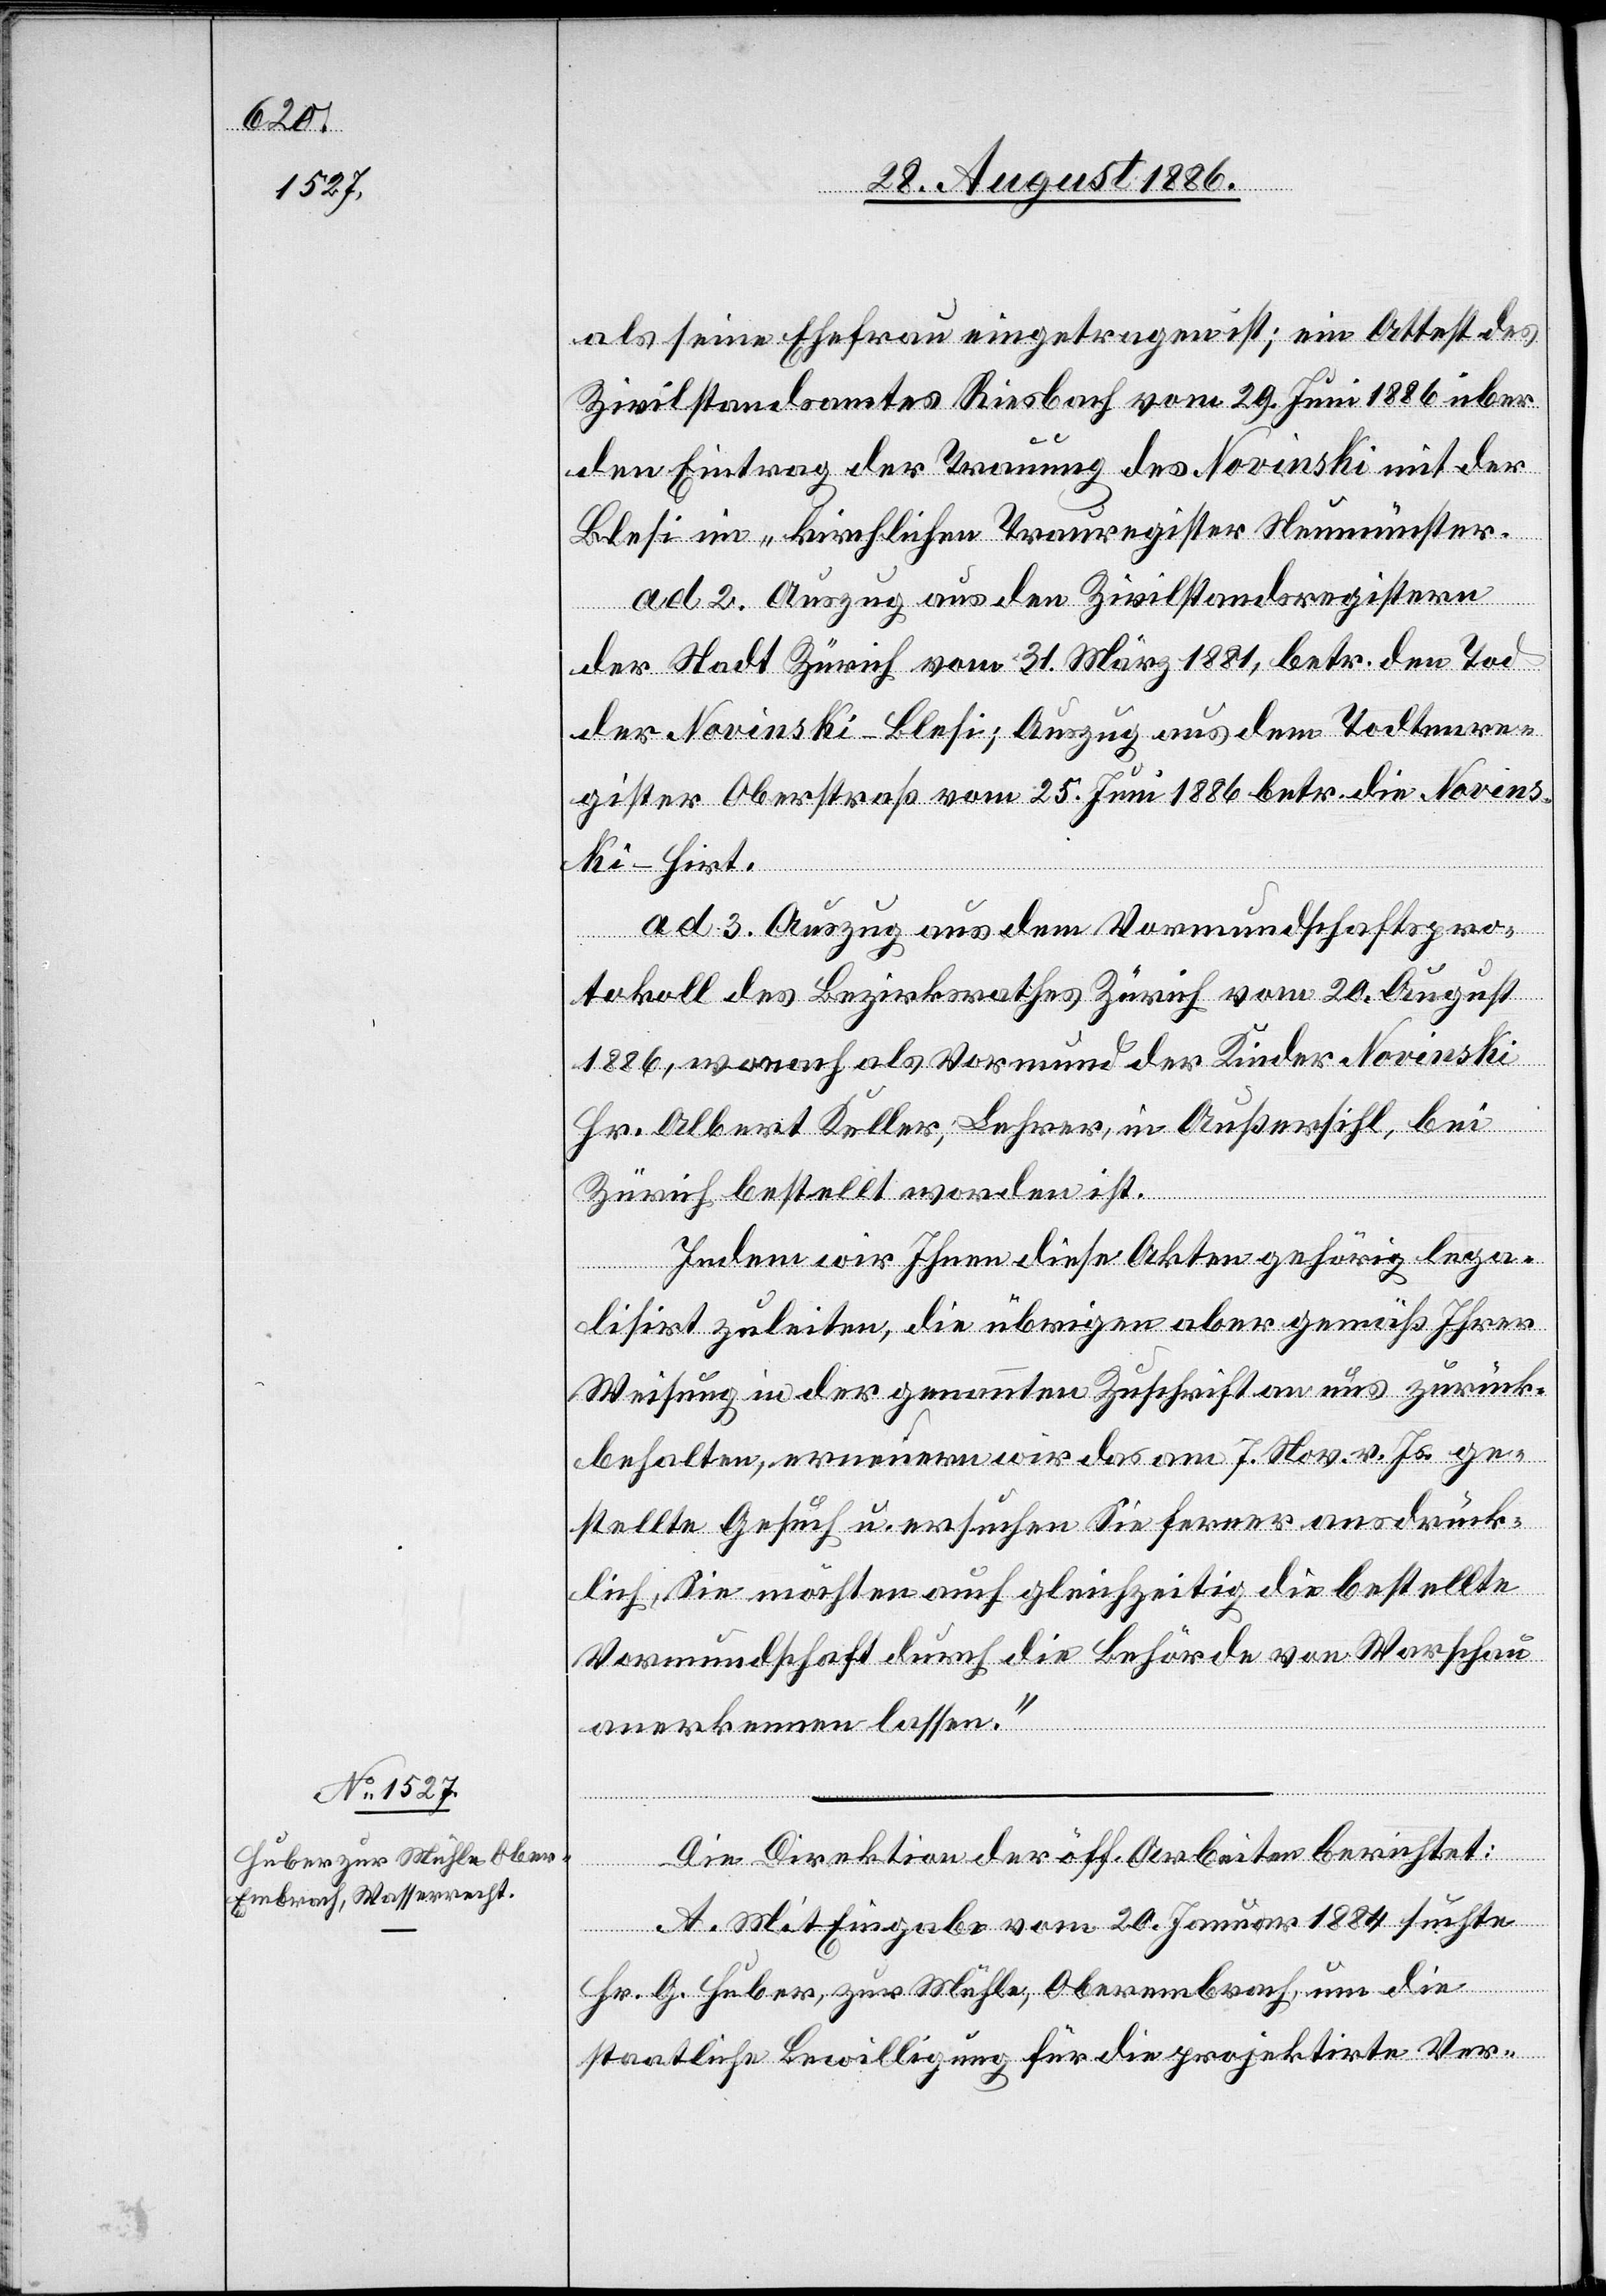
auch

als seine Ehefrau eingetragen ist; ein Attest des
Zivilstandsamtes Riesbach vom 29. Juni 1886 über
den Eintrag der Trauung des Novinski mit der
Blesi im „kirchlichen Trauregister Neumünster“.
ad 2. Auszug aus den Zivilstandsregistern
der Stadt Zürich vom 31. März 1881, betr. den Tod
der Novinski-Blesi; Auszug aus dem Todtenre¬
gister Oberstraß vom 25. Juni 1886 betr. die Novins¬
ki-Hirt.
ad 3. Auszug aus dem Vormundschaftspro¬
tellte
tokoll des Bezirksrathes Zürich vom 20. August
1886, wonach als Vormund der Kinder Novinski
Hr. Albert Koller, Lehrer, in Außersihl, bei
Zürich bestellt worden ist.
Indem wir Ihnen diese Akten gehörig lega¬
lisirt zuleiten, die übrigen aber gemäß Ihrer
Weisung in der genannten Zuschrift an uns zurück¬
behalten, erneuern wir das am 7. Nov. v. Js. ges¬
Vormundschaft durch die Behörde von Warschau
anerkennen lassen.“
Die Direktion der öff. Arbeiten berichtet:
A. Mit Eingabe vom 20. Januar 1884 suchte
Hr. G. Huber, zur Mühle, Oberembrach, um die
staatliche Bewilligung für die projektirte Ver-

die